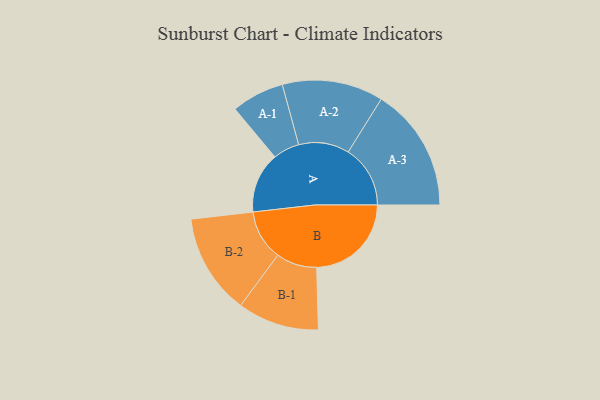
{"axis": {"x": "Segment", "y": "Value"}, "legend": ["", "A", "B"], "data": [{"x": "A", "y": 253, "type": ""}, {"x": "B", "y": 395, "type": ""}, {"x": "A-1", "y": 110, "type": "A"}, {"x": "A-2", "y": 211, "type": "A"}, {"x": "A-3", "y": 259, "type": "A"}, {"x": "B-1", "y": 170, "type": "B"}, {"x": "B-2", "y": 210, "type": "B"}]}